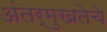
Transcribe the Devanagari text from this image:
अंतर्मुखतेचे